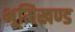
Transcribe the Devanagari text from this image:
भूमिखण्ड